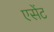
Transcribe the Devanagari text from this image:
एसेंट